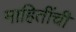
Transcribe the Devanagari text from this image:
माहितींची